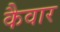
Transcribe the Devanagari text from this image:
कैवार